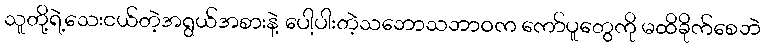
သူတို့ရဲ့သေးငယ်တဲ့အရွယ်အစားနဲ့ ပေါ့ပါးတဲ့သဘောသဘာဝက ကော်ပူတွေကို မထိခိုက်စေဘဲ